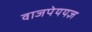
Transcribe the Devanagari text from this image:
वाजपेययज्ञ